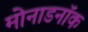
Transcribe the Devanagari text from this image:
मोनाडनॉक